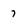
Character: 7